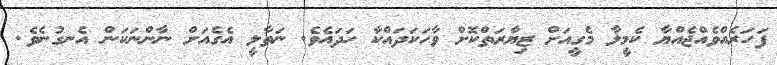
ފަހަރެއްވެއްޖެއްޔާ ކެމީލާ މެގީއަށް ޒިޔާރަތްކޮށް ވާހަކަދައްކާ ހަދައެވެ. ނަތާލީ އެގެއަށް ނާންނަކަން އެނގުނެވެ.